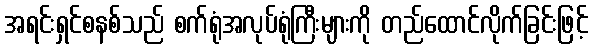
အရင်းရှင်စနစ်သည် စက်ရုံအလုပ်ရုံကြီးများကို တည်ထောင်လိုက်ခြင်းဖြင့်